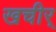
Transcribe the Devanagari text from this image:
खचीर्